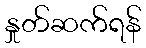
နှုတ်ဆက်ရန်